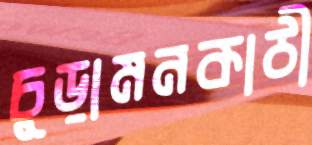
চুড়ামনকাঠী